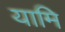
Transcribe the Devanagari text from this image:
यामि